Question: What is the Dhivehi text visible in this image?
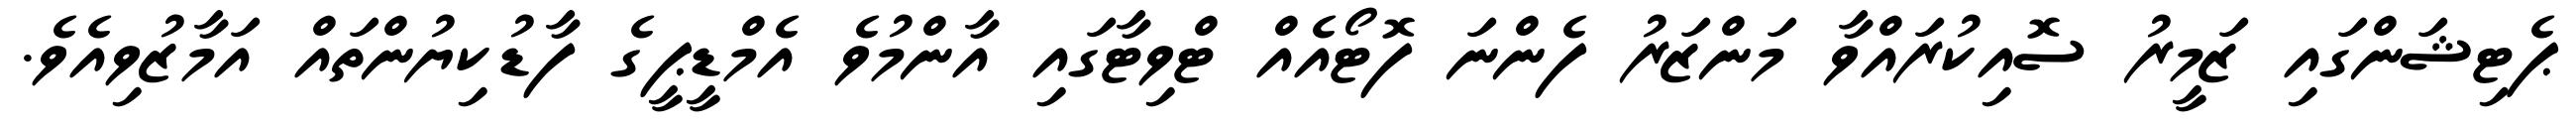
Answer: ޕެޓިޝަންގައި ޒަމީރު ސޮއިކުރައްވާ މަންޒަރު ފެންނަ ފޮޓޯއެއް ޓްވިޓާގައި އާންމުވެ އެމްޑީޕީގެ ފާޑުކިޔުންތައް އަމާޒުވިއެވެ.